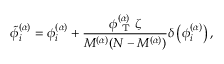
\tilde { \phi } _ { i } ^ { ( \alpha ) } = \phi _ { i } ^ { ( \alpha ) } + \frac { \phi _ { \mathrm { ~ T ~ } } ^ { ( \alpha ) } \zeta } { M ^ { ( \alpha ) } ( N - M ^ { ( \alpha ) } ) } \delta \left( \phi _ { i } ^ { ( \alpha ) } \right) ,